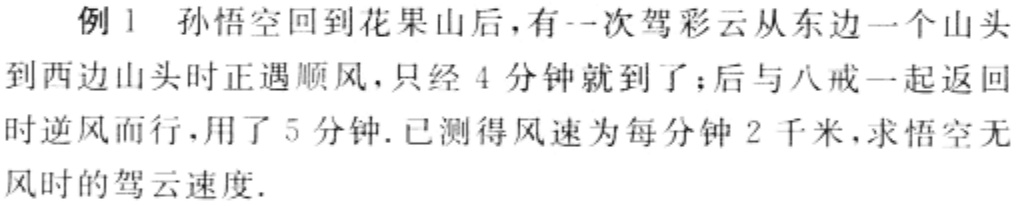
例1 孙悟空回到花果山后，有一次驾彩云从东边一个山头到西边山头时正遇顺风，只经4分钟就到了；后与八戒一起返回时逆风而行，用了5分钟. 已测得风速为每分钟2千米，求悟空无风时的驾云速度.